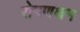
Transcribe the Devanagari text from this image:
रोपणक्षम